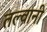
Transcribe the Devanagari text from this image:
तल्वानी